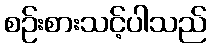
စဉ်းစားသင့်ပါသည်